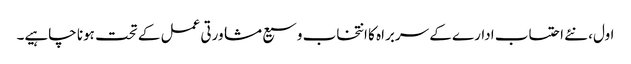
اول، نئے احتساب ادارے کے سربراہ کا انتخاب وسیع مشاورتی عمل کے تحت ہونا چاہیے۔